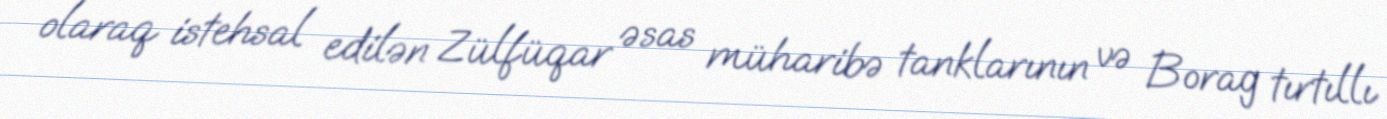
olaraq istehsal edilən Zülfüqar əsas müharibə tanklarının və Borag tırtıllı